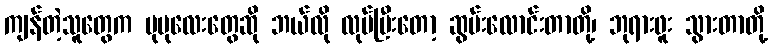
ကျန်တဲ့သူတွေက ပုပုလေးတွေဆို ဘယ်လို လုပ်ပြီးတော့ ဆွမ်းလောင်းတာတို့၊ ဘုရားဖူး သွားတာတို့